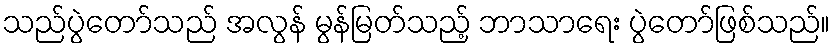
သည်ပွဲတော်သည် အလွန် မွန်မြတ်သည့် ဘာသာရေး ပွဲတော်ဖြစ်သည်။